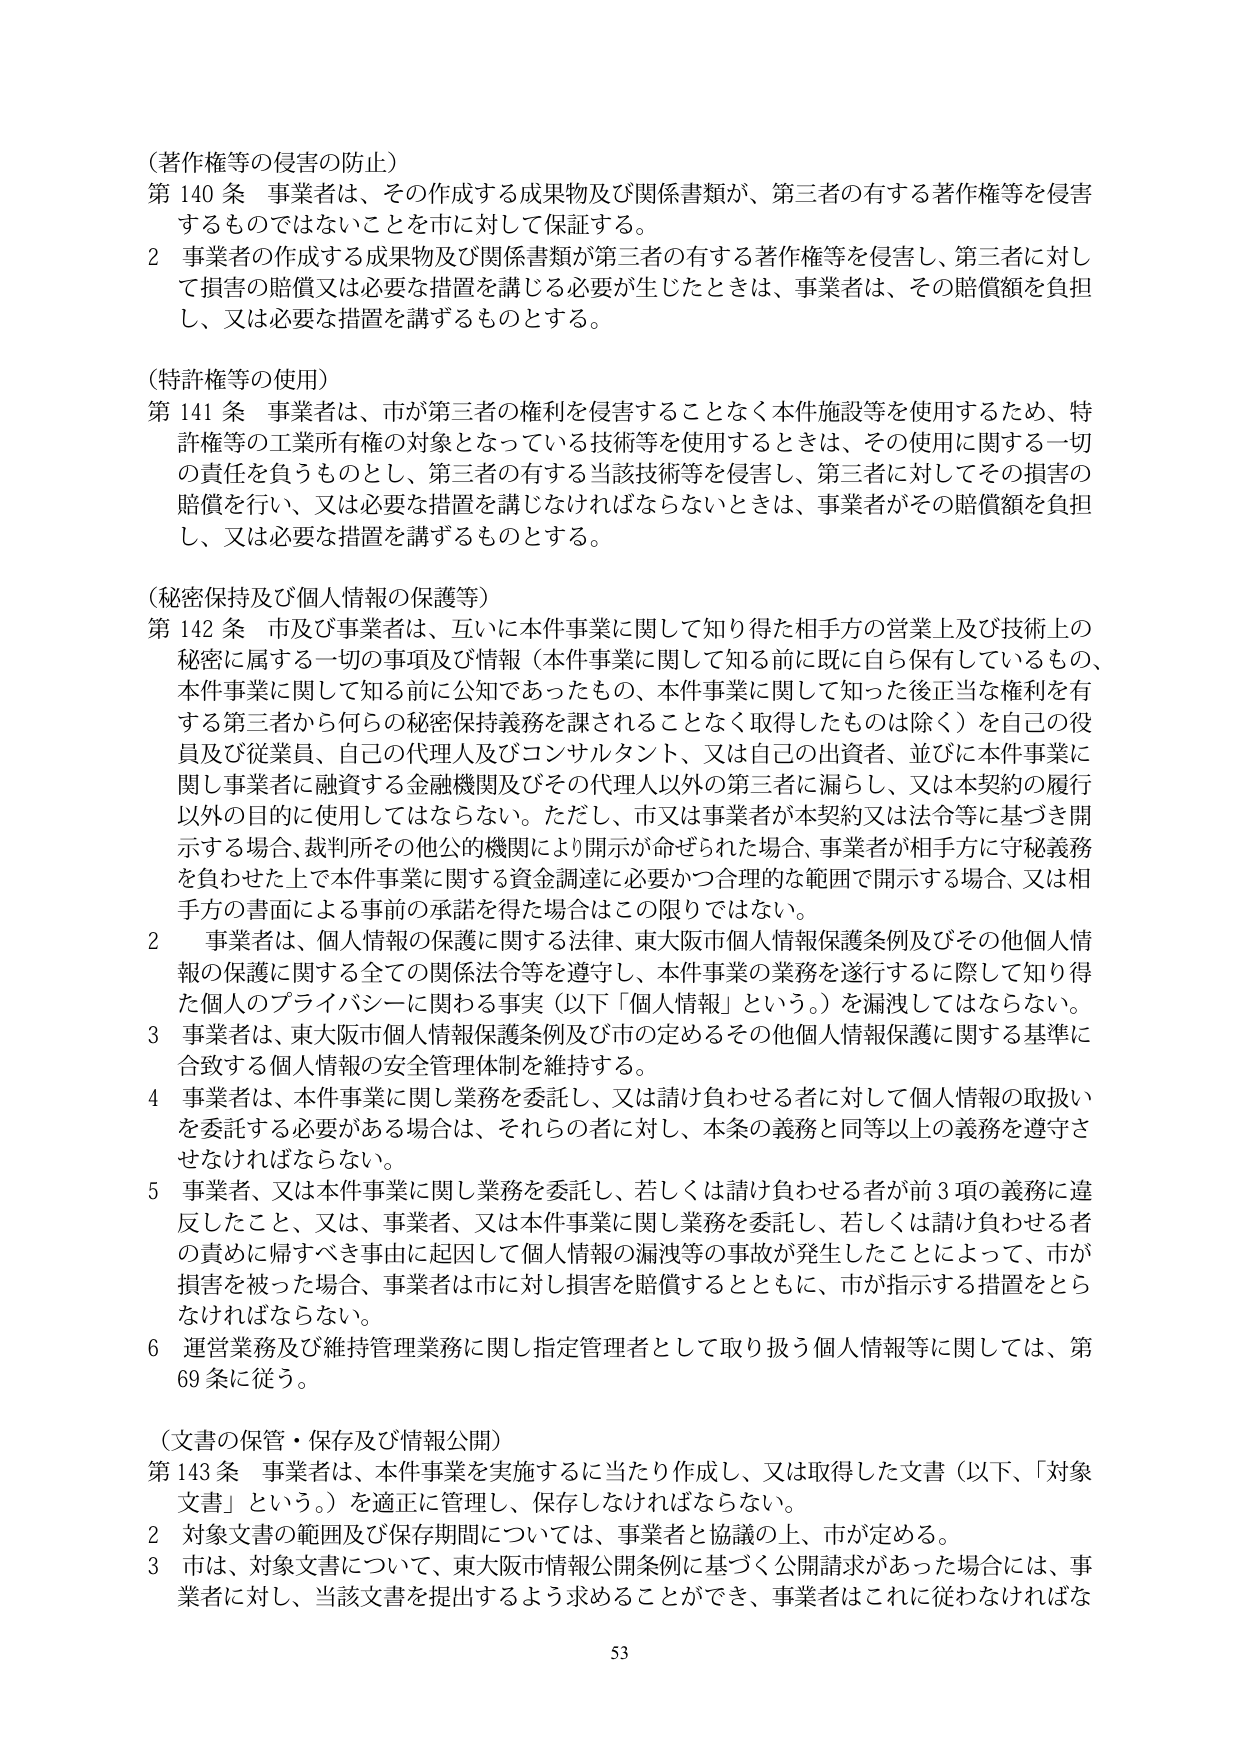
（著作権等の侵害の防止）
第140条 事業者は、その作成する成果物及び関係書類が、第三者の有する著作権等を侵害するものではないことを市に対して保証する。
2 事業者の作成する成果物及び関係書類が第三者の有する著作権等を侵害し、第三者に対して損害の賠償又は必要な措置を講じる必要が生じたときは、事業者は、その賠償額を負担し、又は必要な措置を講ずるものとする。

（特許権等の使用）
第141条 事業者は、市が第三者の権利を侵害することなく本件施設等を使用するため、特許権等の工業所有権の対象となっている技術等を使用するときは、その使用に関する一切の責任を負うものとし、第三者の有する当該技術等を侵害し、第三者に対してその損害の賠償を行い、又は必要な措置を講じなければならないときは、事業者がその賠償額を負担し、又は必要な措置を講ずるものとする。

（秘密保持及び個人情報の保護等）
第142条 市及び事業者は、互いに本件事業に関して知り得た相手方の営業上及び技術上の秘密に属する一切の事項及び情報（本件事業に関して知る前に既に自ら保有しているもの、本件事業に関して知る前に公知であったもの、本件事業に関して知った後正当な権利を有する第三者から何らの秘密保持義務を課されることなく取得したものは除く）を自己の役員及び従業員、自己の代理人及びコンサルタント、又は自己の出資者、並びに本件事業に関し事業者に融資する金融機関及びその代理人以外の第三者に漏らし、又は本契約の履行以外の目的に使用してはならない。ただし、市又は事業者が本契約又は法令等に基づき開示する場合、裁判所その他公的機関により開示が命ぜられた場合、事業者が相手方に守秘義務を負わせた上で本件事業に関する資金調達に必要かつ合理的な範囲で開示する場合、又は相手方の書面による事前の承諾を得た場合はこの限りではない。
2 事業者は、個人情報の保護に関する法律、東大阪市個人情報保護条例及びその他個人情報の保護に関する全ての関係法令等を遵守し、本件事業の業務を遂行するに際して知り得た個人のプライバシーに関わる事実（以下「個人情報」という。）を漏洩してはならない。
3 事業者は、東大阪市個人情報保護条例及び市の定めるその他個人情報保護に関する基準に合致する個人情報の安全管理体制を維持する。
4 事業者は、本件事業に関し業務を委託し、又は請け負わせる者に対して個人情報の取扱いを委託する必要がある場合は、それらの者に対し、本条の義務と同等以上の義務を遵守させなければならない。
5 事業者、又は本件事業に関し業務を委託し、若しくは請け負わせる者が前3項の義務に違反したこと、又は、事業者、又は本件事業に関し業務を委託し、若しくは請け負わせる者の責めに帰すべき事由に起因して個人情報の漏洩等の事故が発生したことによって、市が損害を被った場合、事業者は市に対し損害を賠償するとともに、市が指示する措置をとらなければならない。
6 運営業務及び維持管理業務に関し指定管理者として取り扱う個人情報等に関しては、第69条に従う。

（文書の保管・保存及び情報公開）
第143条 事業者は、本件事業を実施するに当たり作成し、又は取得した文書（以下、「対象文書」という。）を適正に管理し、保存しなければならない。
2 対象文書の範囲及び保存期間については、事業者と協議の上、市が定める。
3 市は、対象文書について、東大阪市情報公開条例に基づく公開請求があった場合には、事業者に対し、当該文書を提出するよう求めることができ、事業者はこれに従わなければな

53